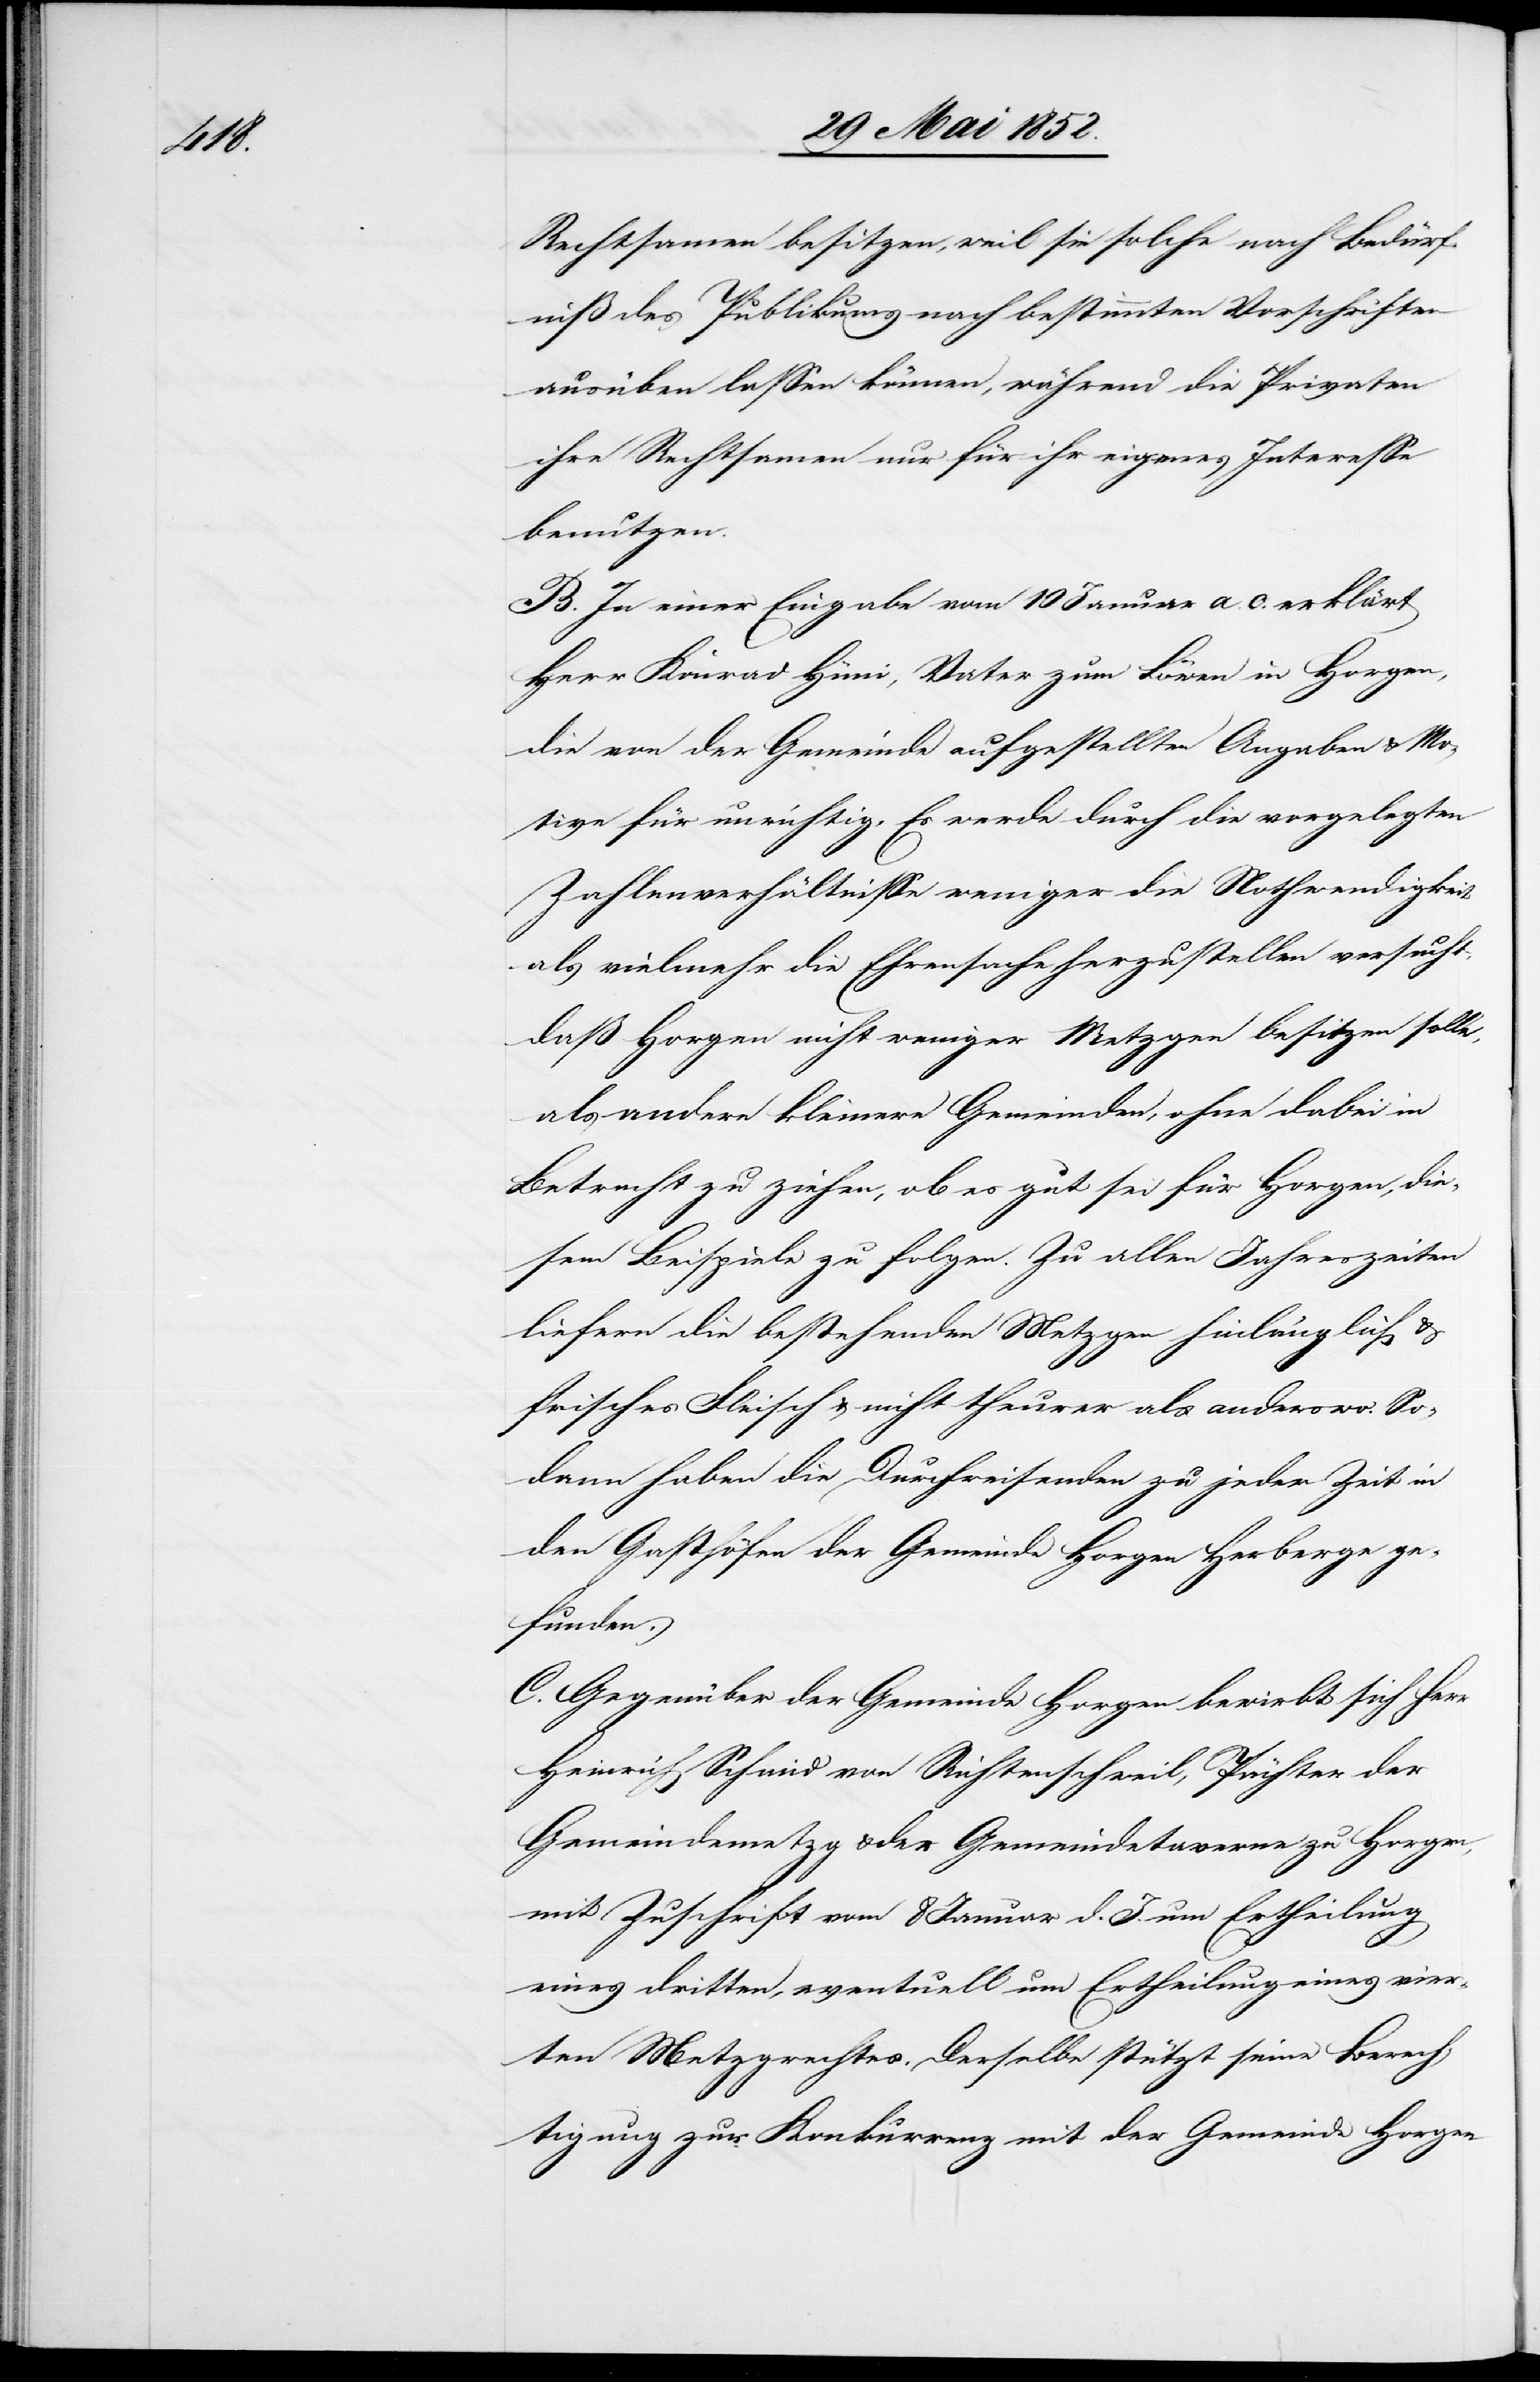
Rechtsamen besitzen, weil sie solche nach Bedürf¬
niß des Publikums nach bestimmten Vorschriften
ausüben lassen können, während die Privaten
ihre Rechtsamen nur für ihr eigenes Interesse
benutzen.
B. In einer Eingabe vom 10 Januar a. c. erklärt
Herr Konrad Hüni, Vater zum Löwen in Horgen,
die von der Gemeinde aufgestellten Angaben & Mo¬
tive für unrichtig. Es werde durch die vorgelegten
Zahlenverhältnisse weniger die Nothwendigkeit
als vielmehr die Ehrensache herzustellen versucht,
daß Horgen nicht weniger Metzgen besitzen solle,
als andere kleinere Gemeinden, ohne dabei in
Betracht zu ziehen, ob es gut sei für Horgen, die¬
sem Beispiele zu folgen. Zu allen Jahreszeiten
liefern die bestehenden Metzgen hinlänglich &
frisches Fleisch & nicht theurer als anderswo. So¬
dann haben die Durchreisenden zu jeder Zeit in
den Gasthöfen der Gemeinde Horgen Herberge ge¬
funden.
C. Gegenüber der Gemeinde Horgen bewirbt sich Herr
Heinrich Schmid von Richtenschweil, Pächter der
Gemeindemetzg & der Gemeindetaverne zu Horgen,
mit Zuschrift vom 8 Januar d. J. um Ertheilung
eines dritten, eventuell um Ertheilung eines vier¬
ten Metzgrechtes. Derselbe stützt seine Berech¬
tigung zur Konkurrenz mit der Gemeinde Horgen